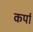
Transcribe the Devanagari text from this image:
कर्पा